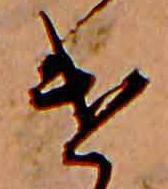
け